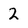
Character: 2